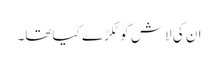
ان کی لاش کو ٹکڑے کیاتھا۔